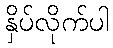
နှိပ်လိုက်ပါ